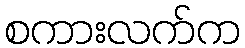
စကားလက်က